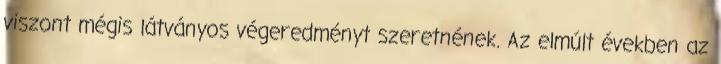
viszont mégis látványos végeredményt szeretnének. Az elmúlt években az